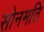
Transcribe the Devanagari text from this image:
सोनमति